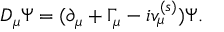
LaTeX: D _ { \mu } \Psi = ( \partial _ { \mu } + \Gamma _ { \mu } - i v _ { \mu } ^ { ( s ) } ) \Psi .